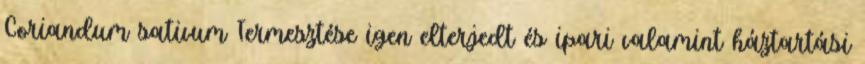
Coriandum sativum Termesztése igen elterjedt és ipari valamint háztartási